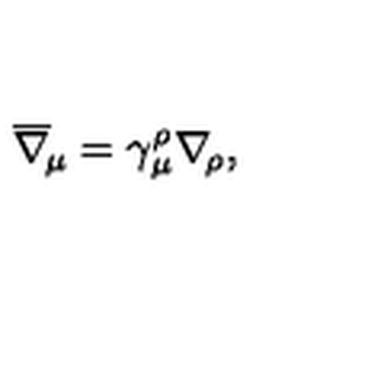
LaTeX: \overline { \nabla } _ { \! \mu } = \gamma _ { \mu } ^ { \rho } \nabla _ { \! \rho } ,